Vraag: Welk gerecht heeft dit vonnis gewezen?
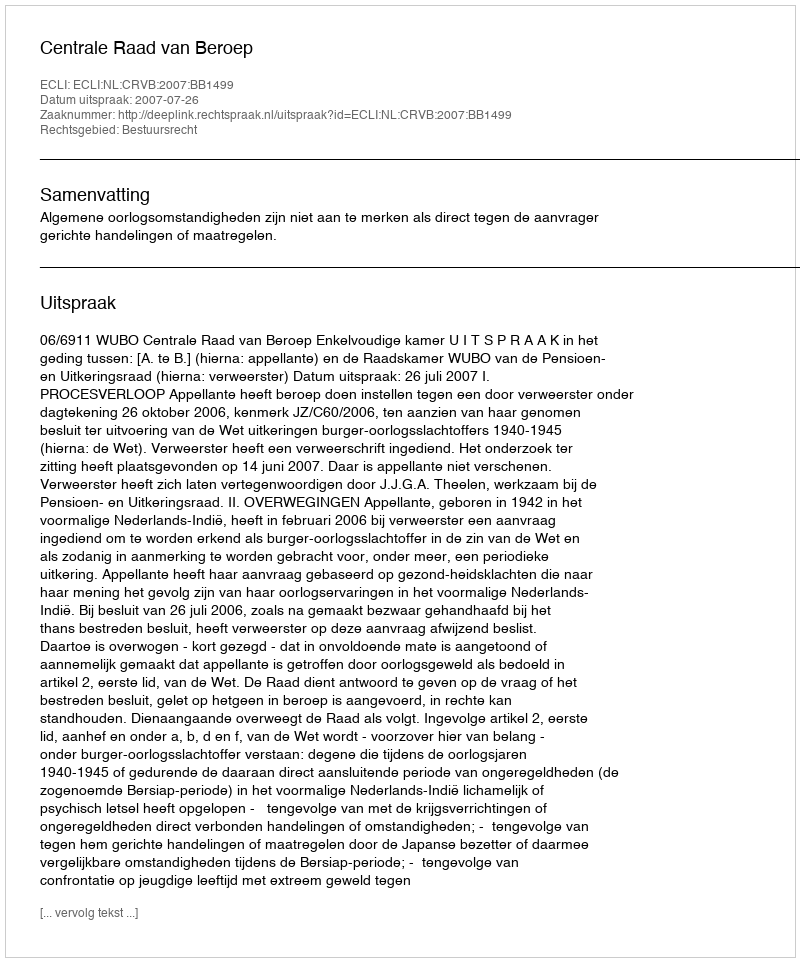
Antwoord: Centrale Raad van Beroep